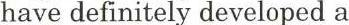
have definitely developed a